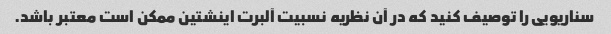
سناریویی را توصیف کنید که در آن نظریه نسبیت آلبرت اینشتین ممکن است معتبر باشد.